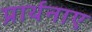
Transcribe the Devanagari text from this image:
प्रार्थनाए